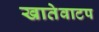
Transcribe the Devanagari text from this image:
खातेवाटप